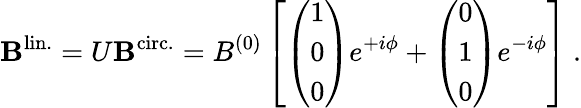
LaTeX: {\mathbf B}^{\mathrm{lin.}}=U{\mathbf B}^{\mathrm{circ.}}=B^{(0)}\left[\left(\begin{array}{l}{{1}}\\ {{0}}\\ {{0}}\end{array}\right)e^{+i\phi}+\left(\begin{array}{l}{{0}}\\ {{1}}\\ {{0}}\end{array}\right)e^{-i\phi}\right]\ .